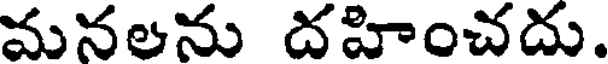
మనలను దహించదు.